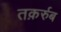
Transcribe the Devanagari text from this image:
तक़र्रुब